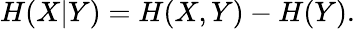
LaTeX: H(X|Y)=H(X,Y)-H(Y).